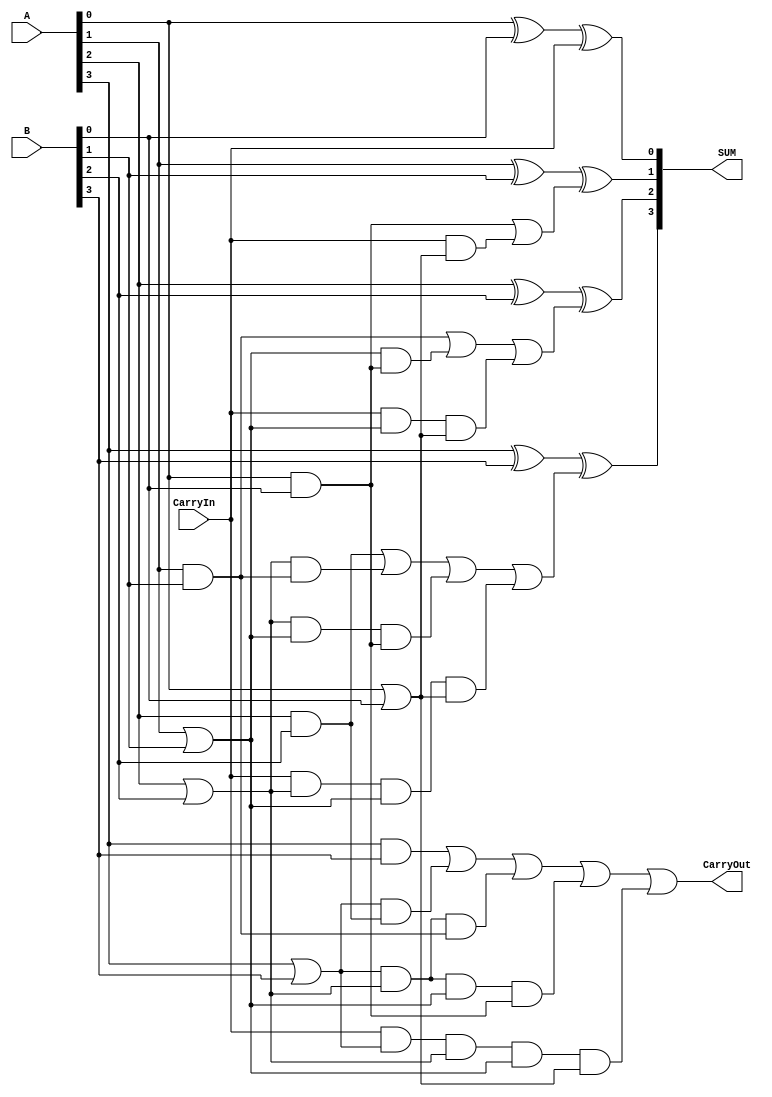
//--------PDSD homework 1-1 (Carry look-ahead)-------------------------------------------
//--------CLAAdder-----------------------------------------------------------------------

module CLAAdder(A,B,CarryIn,SUM,CarryOut);
	input [3:0] A,B;
	input CarryIn;
	output [3:0] SUM;
	output CarryOut;
	
	wire c0,c1,c2;
	wire [3:0] p,g;
	wire z00,z10,z11,z20,z21,z22,z30,z31,z32,z33;
	
	or (p[0],A[0],B[0]);
	or (p[1],A[1],B[1]);
	or (p[2],A[2],B[2]);
	or (p[3],A[3],B[3]);
	and (g[0],A[0],B[0]);
	and (g[1],A[1],B[1]);
	and (g[2],A[2],B[2]);
	and (g[3],A[3],B[3]);
	
	and (z00,CarryIn,p[0]);
	or (c0,g[0],z00);
	and (z10,p[1],g[0]);
	and (z11,CarryIn,p[1],p[0]);
	or (c1,g[1],z10,z11);
	and (z20,p[2],g[1]);
	and (z21,p[2],p[1],g[0]); 
	and (z22,CarryIn,p[2],p[1],p[0]);
	or (c2,g[2],z20,z21,z22);
	and (z30,p[3],g[2]);
	and (z31,p[3],p[2],g[1]);
	and (z32,p[3],p[2],p[1],g[0]);
	and (z33,CarryIn,p[3],p[2],p[1],p[0]);
	or (CarryOut,g[3],z30,z31,z32,z33);
	
	xor (SUM[0],A[0],B[0],CarryIn);
	xor (SUM[1],A[1],B[1],c0);
	xor (SUM[2],A[2],B[2],c1);
	xor (SUM[3],A[3],B[3],c2);
	
endmodule